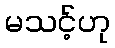
မသင့်ဟု